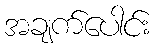
အချက်ပေါင်း